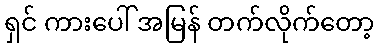
ရှင် ကားပေါ် အမြန် တက်လိုက်တော့